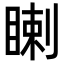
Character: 𥈙